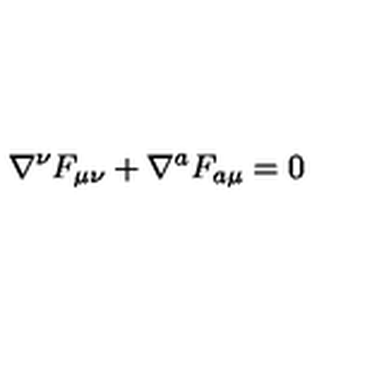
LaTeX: \nabla ^ { \nu } F _ { \mu \nu } + \nabla ^ { a } F _ { a \mu } = 0